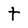
Character: t